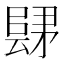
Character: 𲉛